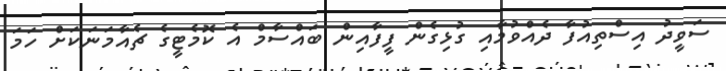
ސަވީދު އިސްތިއުފާ ދެއްވުމާއި ގުޅިގެން ފީފާއިން ބައްސާމް އެ ކޮމެޓީގެ ޗެއާމަނަކަށް ހަމަ